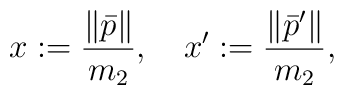
x       :=   \frac{\| \bar{p} \|}{m_{2}} ,             \quad  x'      :=   \frac{\| \bar{p}' \|}{m_{2}} ,            \quad